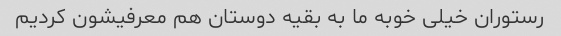
رستوران خیلی خوبه ما به بقیه دوستان هم معرفیشون کردیم